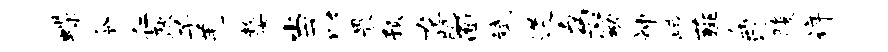
蝶令仁耿子羌嫠当以畏预龙肌面斌遒鸟窈神峨薤缶汀腹详